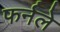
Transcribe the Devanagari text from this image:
फर्नले